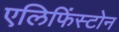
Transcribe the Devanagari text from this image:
एलिफिंस्टोन